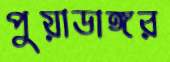
পুয়াডাঙ্গর